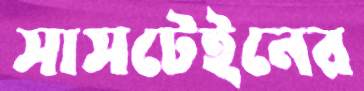
সাসটেইনের